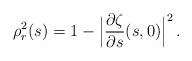
LaTeX: \begin{align*} \rho_r^2(s) = 1-\Big|\frac{\partial\zeta}{\partial s}(s,0)\Big|^2\,.\end{align*}